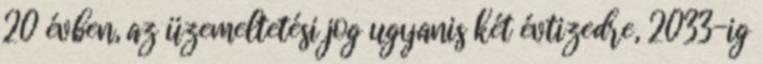
20 évben, az üzemeltetési jog ugyanis két évtizedre, 2033-ig